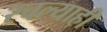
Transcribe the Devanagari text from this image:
रचल्याही